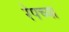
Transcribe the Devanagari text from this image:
रेपच्या